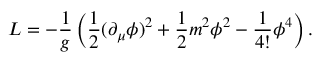
L = - \frac { 1 } { g } \left( \frac { 1 } { 2 } ( \partial _ { \mu } \phi ) ^ { 2 } + \frac 1 2 m ^ { 2 } \phi ^ { 2 } - \frac { 1 } { 4 ! } \phi ^ { 4 } \right) .